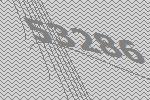
53286